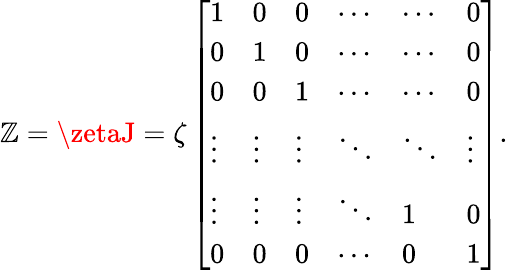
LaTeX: \mathbb{Z}=\zetaJ=\zeta\left[\begin{array}{llllll}{1}&{0}&{0}&{\cdots}&{\cdots}&{0}\\ {0}&{1}&{0}&{\cdots}&{\cdots}&{0}\\ {0}&{0}&{1}&{\cdots}&{\cdots}&{0}\\ {\vdots}&{\vdots}&{\vdots}&{\ddots}&{\ddots}&{\vdots}\\ {\vdots}&{\vdots}&{\vdots}&{\ddots}&{1}&{0}\\ {0}&{0}&{0}&{\cdots}&{0}&{1}\end{array}\right].